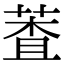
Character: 𦳘